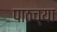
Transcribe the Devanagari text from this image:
पाठच्या